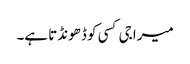
میرا جی کسی کو ڈھونڈتا ہے۔